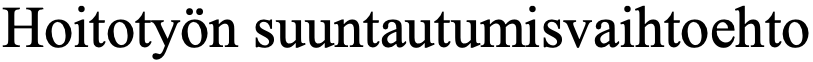
Hoitotyön suuntautumisvaihtoehto